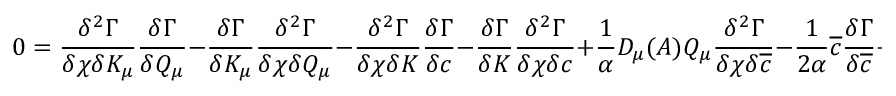
0 = \frac { \delta ^ { 2 } \Gamma } { \delta \chi \delta K _ { \mu } } \frac { \delta \Gamma } { \delta Q _ { \mu } } - \frac { \delta \Gamma } { \delta K _ { \mu } } \frac { \delta ^ { 2 } \Gamma } { \delta \chi \delta Q _ { \mu } } - \frac { \delta ^ { 2 } \Gamma } { \delta \chi \delta K } \frac { \delta \Gamma } { \delta c } - \frac { \delta \Gamma } { \delta K } \frac { \delta ^ { 2 } \Gamma } { \delta \chi \delta c } + \frac { 1 } { \alpha } D _ { \mu } ( A ) Q _ { \mu } \frac { \delta ^ { 2 } \Gamma } { \delta \chi \delta \overline { { { c } } } } - \frac { 1 } { 2 \alpha } \overline { { { c } } } \frac { \delta \Gamma } { \delta \overline { { { c } } } } + \frac { \delta \Gamma } { \delta \alpha } \, .